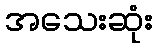
အသေးဆုံး